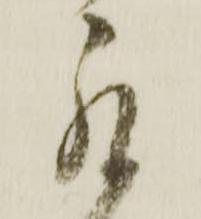
罷